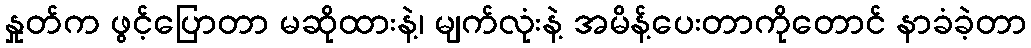
နှုတ်က ဖွင့်ပြောတာ မဆိုထားနဲ့၊ မျက်လုံးနဲ့ အမိန့်ပေးတာကိုတောင် နာခံခဲ့တာ